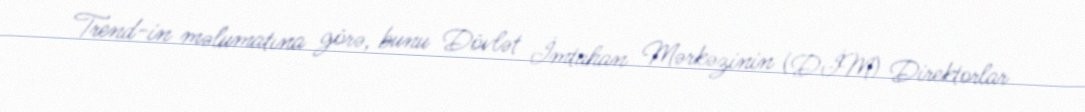
Trend-in məlumatına görə, bunu Dövlət İmtahan Mərkəzinin (DİM) Direktorlar